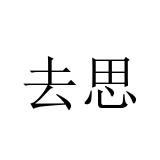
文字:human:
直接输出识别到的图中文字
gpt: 去思